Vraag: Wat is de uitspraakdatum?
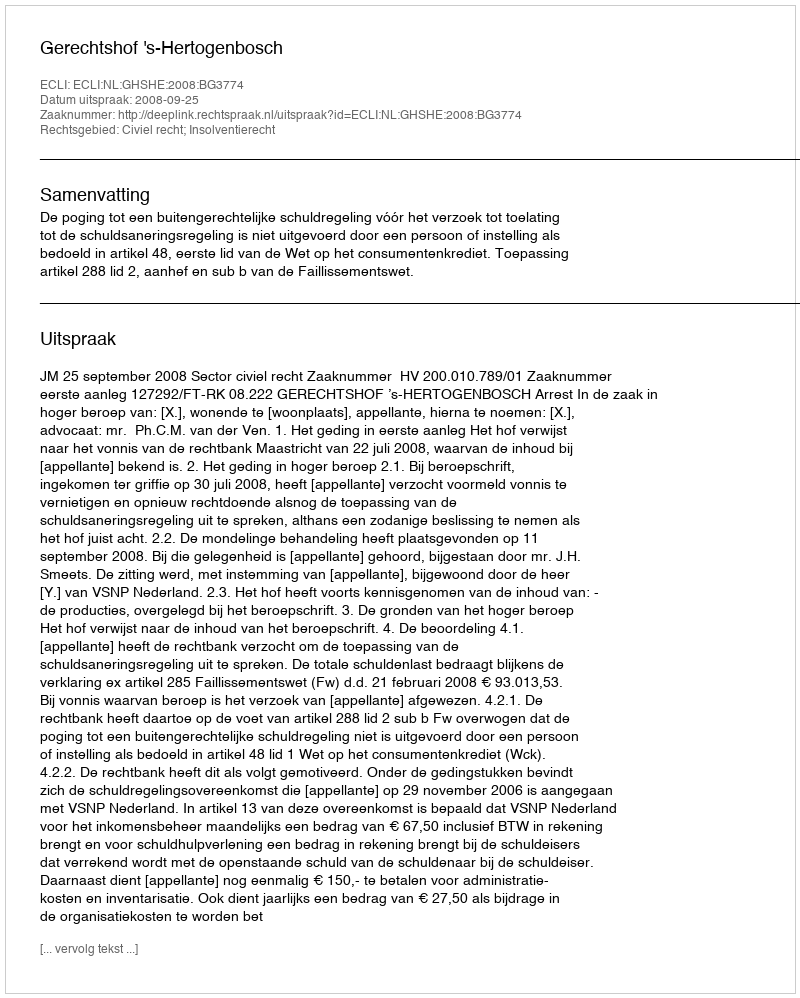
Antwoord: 2008-09-25